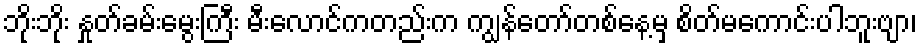
ဘိုးဘိုး နှုတ်ခမ်းမွေးကြီး မီးလောင်ကတည်းက ကျွန်တော်တစ်နေ့မှ စိတ်မကောင်းပါဘူးဗျာ၊